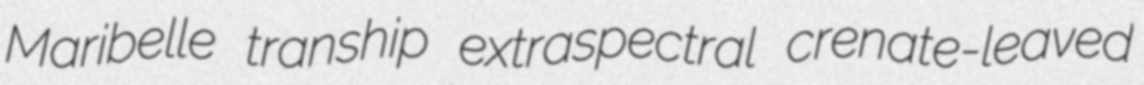
Maribelle tranship extraspectral crenate-leaved